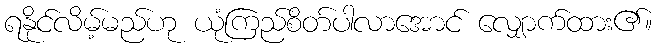
ရနိုင်လိမ့်မည်ဟု ယုံကြည်စိတ်ပါလာအောင် လျှောက်ထား၏။